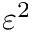
\varepsilon ^ { 2 }